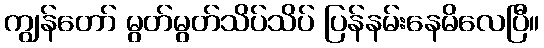
ကျွန်တော် မွတ်မွတ်သိပ်သိပ် ပြန်နမ်းနေမိလေပြီ။